system: You are a helpful assistant.
user:
Analyze the provided spectrum to determine if it is a **"Cataclysmic Variables (CV)"**.

- **Key Indicators for CV (Check for either state):**
    - **State 1: Quiescent / Low-State (Emission-Dominated)**
        - **(Primary):** Strong and *very broad* Hydrogen Balmer emission lines (e.g., $H\alpha$ at 6563 Å, $H\beta$ at 4861 Å). The 'broadness' (high velocity dispersion, often FWHM > 1000 km/s) is the key diagnostic, indicating a high-velocity accretion disk.
        - **(Secondary):** Broad neutral Helium (He I) emission lines (e.g., 5876 Å, 6678 Å).
        - **(Key Confirmation):** Presence of high-excitation *ionized* Helium (He II) emission at 4686 Å. This is a strong indicator of accretion onto a white dwarf.
        - **(Line Profile):** Emission lines may exhibit a 'double-peaked' profile, which is a classic signature of a rotating accretion disk viewed at high inclination.

    - **State 2: Outburst / High-State (Absorption-Dominated)**
        - **(Primary):** Spectrum is dominated by a bright, blue continuum (looks like a hot star).
        - **(Secondary):** The emission lines from State 1 are weak, absent, or 'filled in', and are replaced by broad, shallow *absorption* lines (primarily Balmer and He I).
        - **(Morphology):** The overall spectrum mimics a hot B/A-type star. The crucial difference is that the absorption lines are significantly broader, shallower, and more 'washed-out' (or 'smeared') than the sharp lines of a normal stellar photosphere, due to high rotational speeds and pressure broadening in the disk.

Think first, call **spectral_visualization_tool** if needed to examine features in detail, then provide your final answer. Your response must adhere to the following strict rules:
1.  **Overall Structure:** Your response must follow the format `<think>...</think> <tool_call>...</tool_call> (if a tool is used) <answer>...</answer>`.
2.  **Tool Usage Constraint:** You may only make **one** tool call per turn.
3.  **Final Answer Format:** In the `<answer>` tag, your conclusion must be inside a `\boxed{}` command (e.g., `\boxed{YES}`), followed by your justification.

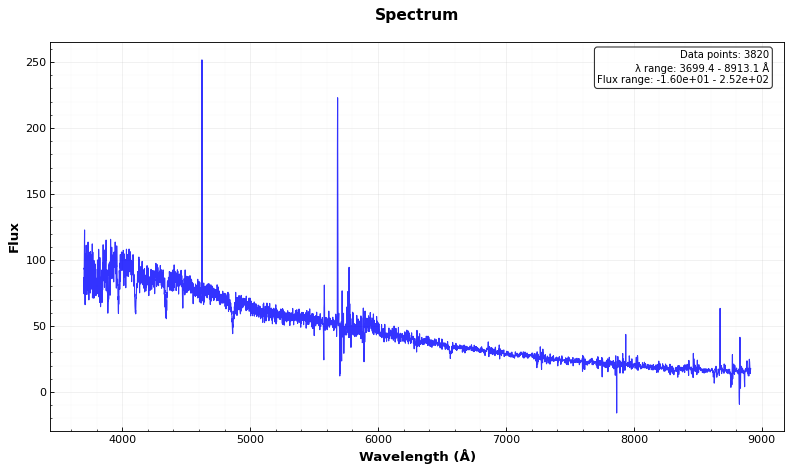
Answer: NO